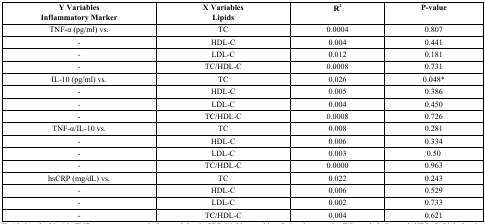
| Y VariablesInflammatory Marker | X VariablesLipids | R2 | P-value |
 | --- | --- | --- | --- |
 | TNF-α (pg/ml) vs. | TC | 0.0004 | 0.807 |
 | - | HDL-C | 0.004 | 0.441 |
 | - | LDL-C | 0.012 | 0.181 |
 | - | TC/HDL-C | 0.0008 | 0.731 |
 | IL-10 (pg/ml) vs. | TC | 0.026 | 0.048* |
 | - | HDL-C | 0.005 | 0.386 |
 | - | LDL-C | 0.004 | 0.450 |
 | - | TC/HDL-C | 0.0008 | 0.726 |
 | TNF-α/IL-10 vs. | TC | 0.008 | 0.281 |
 | - | HDL-C | 0.006 | 0.334 |
 | - | LDL-C | 0.003 | 0.50 |
 | - | TC/HDL-C | 0.0000 | 0.963 |
 | hsCRP (mg/dL) vs. | TC | 0.022 | 0.243 |
 | - | HDL-C | 0.006 | 0.529 |
 | - | LDL-C | 0.002 | 0.733 |
 | - | TC/HDL-C | 0.004 | 0.621 |